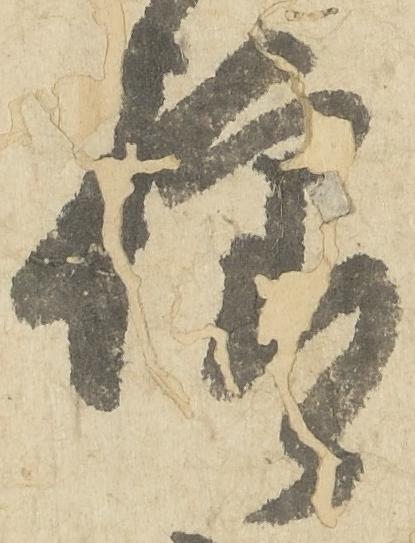
様